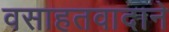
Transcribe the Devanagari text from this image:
वसाहतवादाने